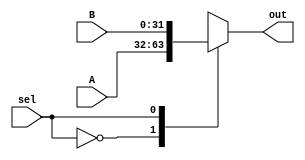
module mux32 #(
    parameter width=32
) (
    input [width-1:0] A,B ,output reg [width-1:0] out,input sel
);
    always @(*)
    begin
        case (sel)
            1'b0:  out= A;
            1'b1: out =B;
        endcase
    end

endmodule